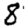
Digit: 8